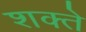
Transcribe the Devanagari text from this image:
शक्ते